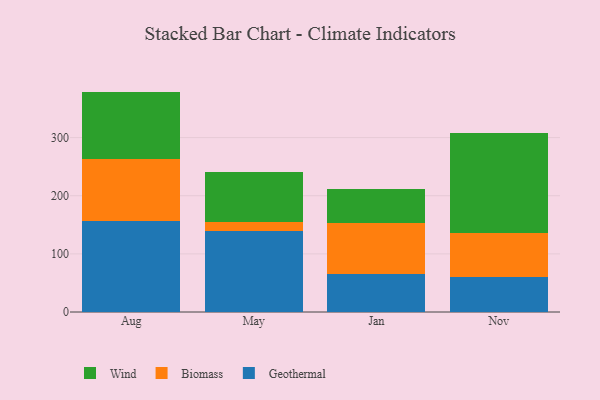
{"axis": {"x": "Month", "y": "Customer Acquisition Cost (USD)"}, "legend": ["Biomass", "Geothermal", "Wind"], "data": [{"x": "Aug", "y": 156.5, "type": "Geothermal"}, {"x": "Aug", "y": 107.3, "type": "Biomass"}, {"x": "Aug", "y": 115.3, "type": "Wind"}, {"x": "May", "y": 138.7, "type": "Geothermal"}, {"x": "May", "y": 15.3, "type": "Biomass"}, {"x": "May", "y": 86.1, "type": "Wind"}, {"x": "Jan", "y": 65.5, "type": "Geothermal"}, {"x": "Jan", "y": 88.2, "type": "Biomass"}, {"x": "Jan", "y": 58.3, "type": "Wind"}, {"x": "Nov", "y": 60.9, "type": "Geothermal"}, {"x": "Nov", "y": 74.9, "type": "Biomass"}, {"x": "Nov", "y": 172.0, "type": "Wind"}]}